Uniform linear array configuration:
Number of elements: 32
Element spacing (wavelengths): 0.75
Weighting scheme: binomial
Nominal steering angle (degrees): -30
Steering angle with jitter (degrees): -30.553
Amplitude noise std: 0.05
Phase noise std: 0.05

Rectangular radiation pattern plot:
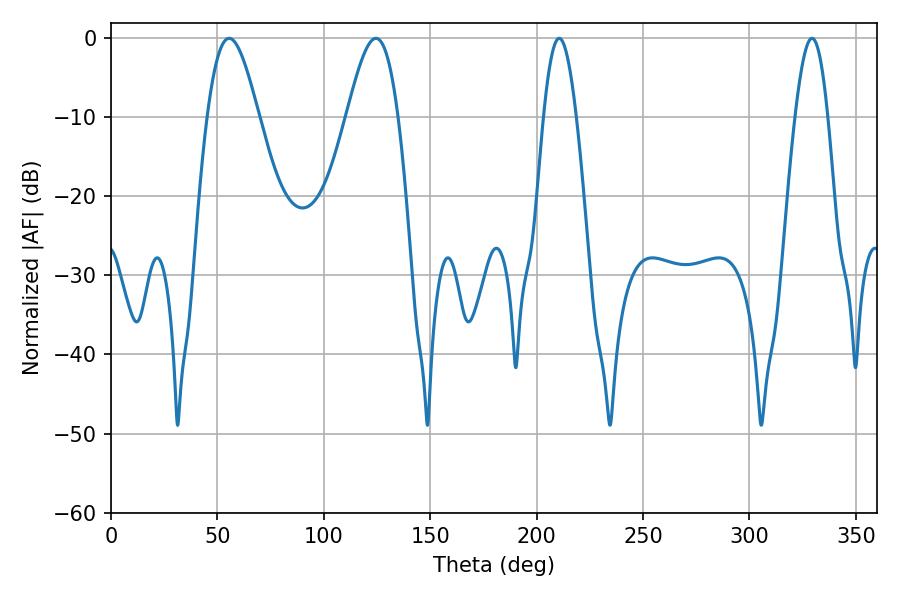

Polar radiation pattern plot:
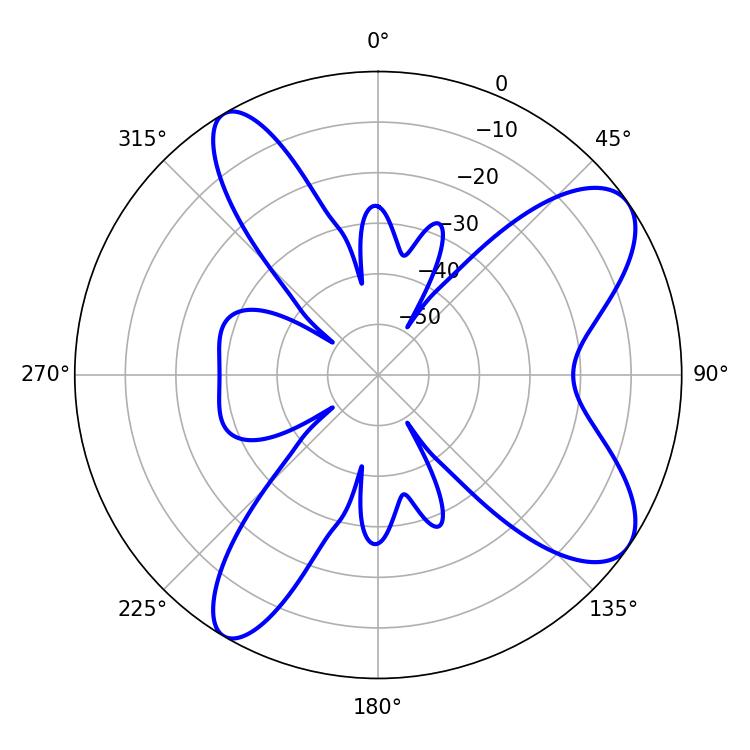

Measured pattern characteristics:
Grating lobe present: TRUE
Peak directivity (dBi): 8.951
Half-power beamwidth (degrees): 8.28
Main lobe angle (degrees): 210.6